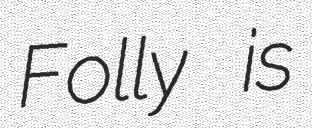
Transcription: Folly is